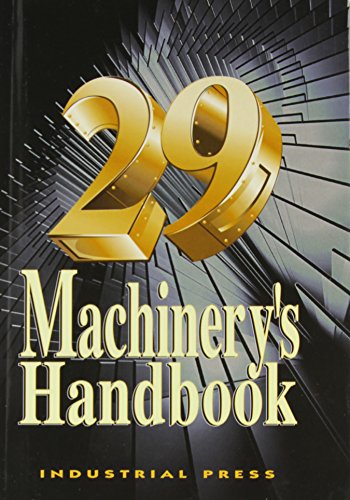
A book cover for Machinery's Handbook, 29th; Erik Oberg; Engineering & Transportation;